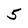
Character: 5